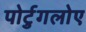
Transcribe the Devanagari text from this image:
पोर्टुगलोए